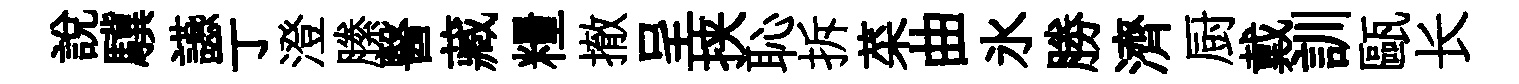
説驥讌亍澄縢醫藏糧撤呈挟恥拆菜曲氷勝濟厨戴訓甌长